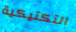
التكتيكية